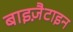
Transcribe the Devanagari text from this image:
बाइज़ैटाइन